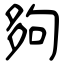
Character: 夠